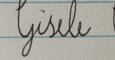
Signature authenticity: forged